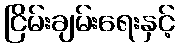
ငြိမ်းချမ်းရေးနှင့်